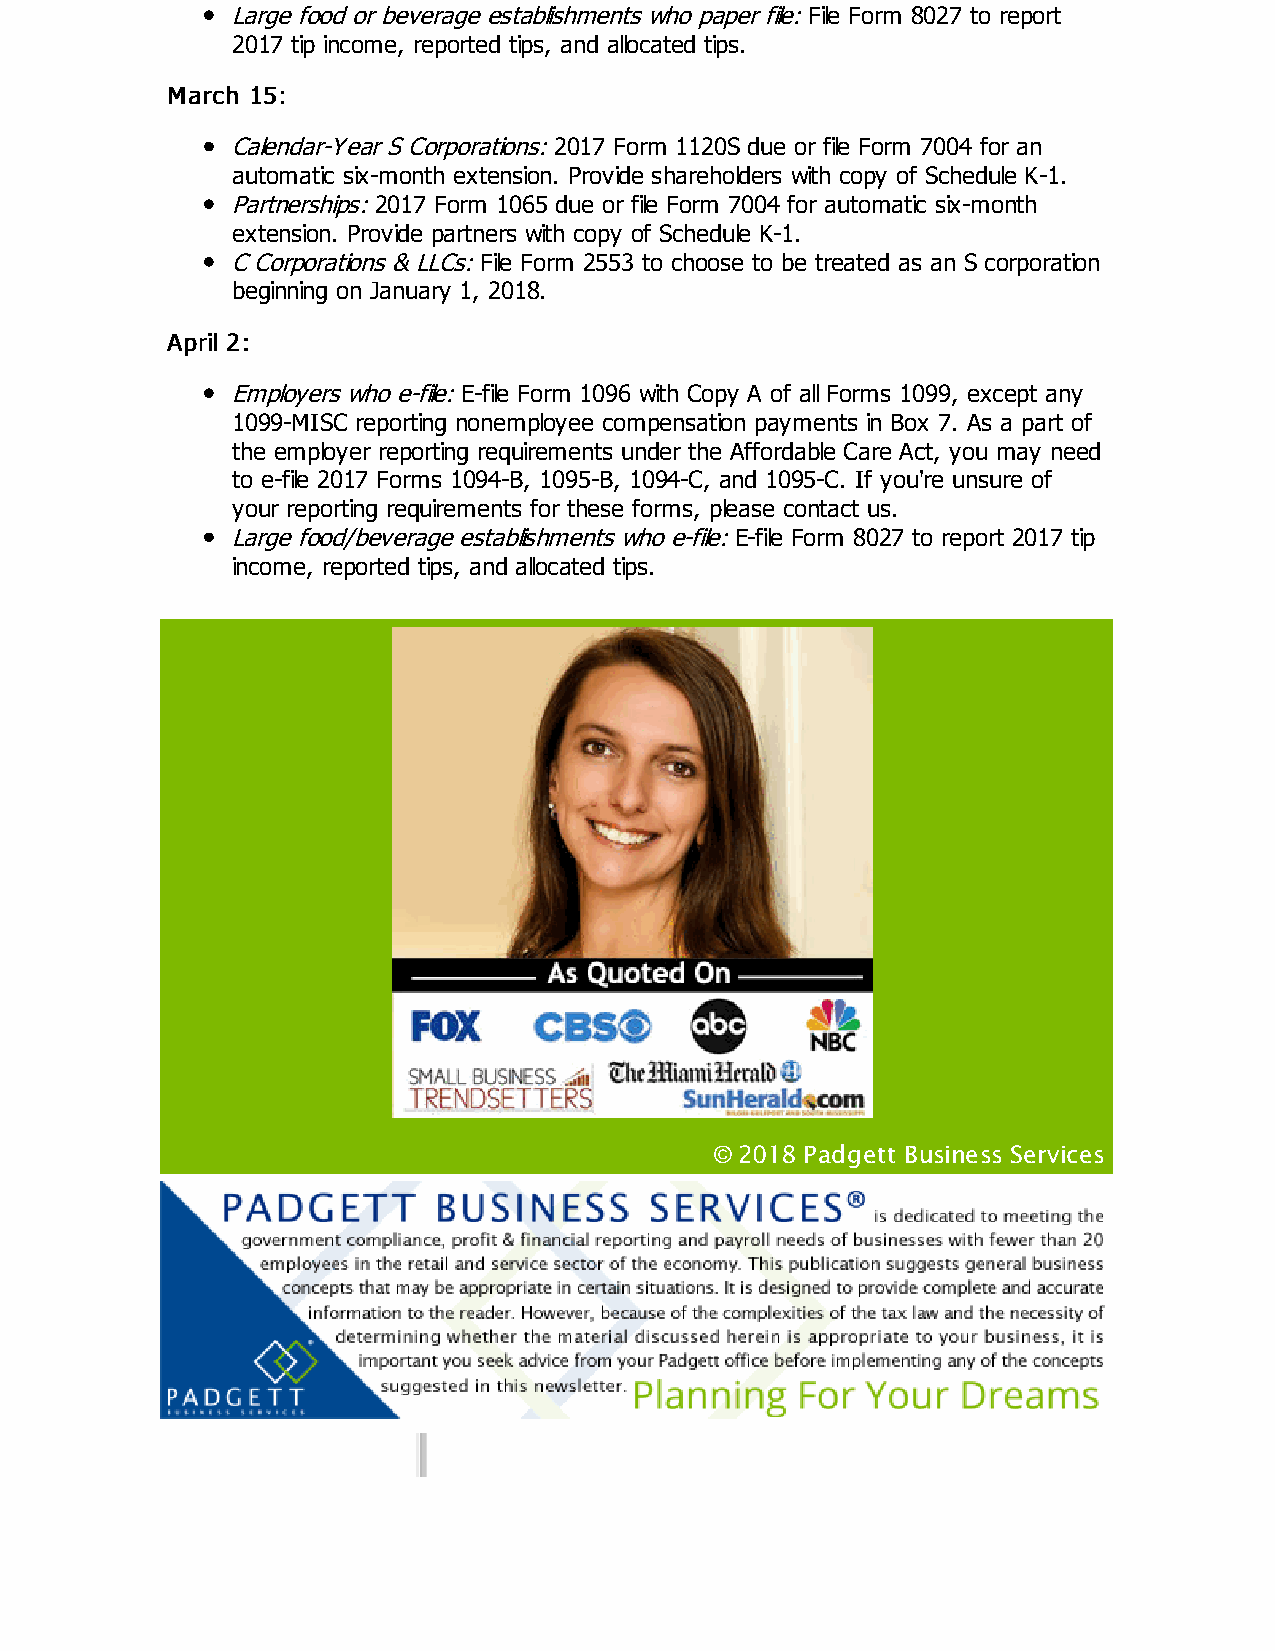
Large food or beverage establishments who paper file: File Form 8027 to report
 2017 tip income, reported tips, and allocated tips.
 MMaarrcchh 1155::
 Calendar-Year S Corporations: 2017 Form 1120S due or file Form 7004 for an
 automatic six-month extension. Provide shareholders with copy of Schedule K-1.
 Partnerships: 2017 Form 1065 due or file Form 7004 for automatic six-month
 extension. Provide partners with copy of Schedule K-1.
 C Corporations & LLCs: File Form 2553 to choose to be treated as an S corporation
 beginning on January 1, 2018.
 AApprriill 22::
 Employers who e-file: E-file Form 1096 with Copy A of all Forms 1099, except any
 1099-MISC reporting nonemployee compensation payments in Box 7. As a part of
 the employer reporting requirements under the Affordable Care Act, you may need
 to e-file 2017 Forms 1094-B, 1095-B, 1094-C, and 1095-C. If you're unsure of
 your reporting requirements for these forms, please contact us.
 Large food/beverage establishments who e-file: E-file Form 8027 to report 2017 tip
 income, reported tips, and allocated tips.
 © 2018 Padgett Business Services